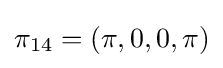
\pi _{14}=(\pi ,0,0,\pi )